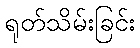
ရုတ်သိမ်းခြင်း